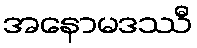
အနောမဒဿီ